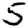
Digit: 5